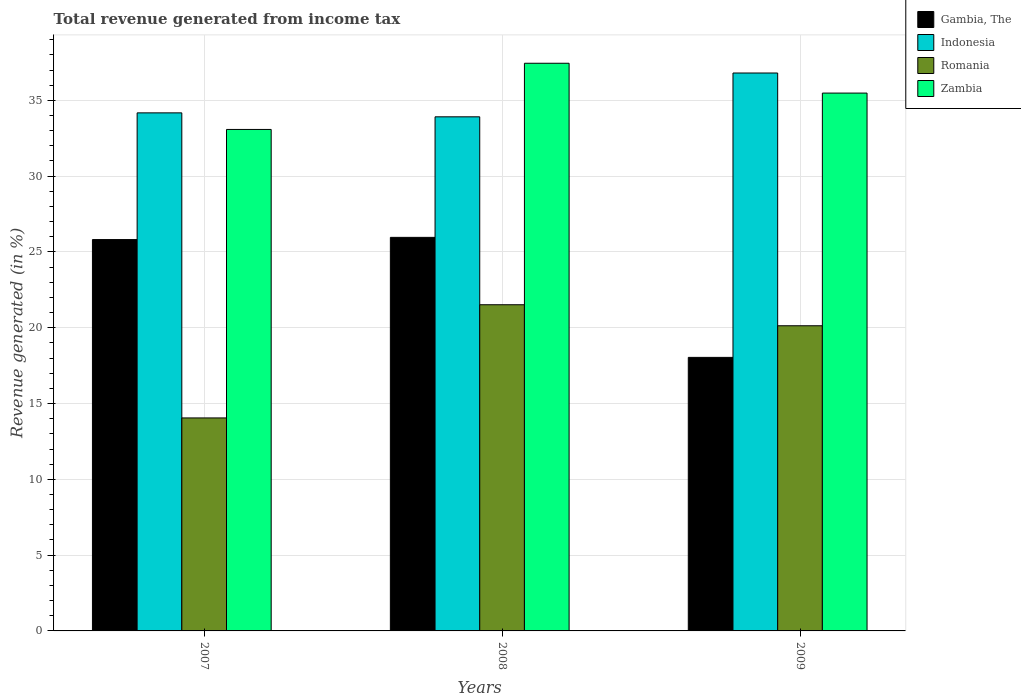
| Years | Gambia, The | Indonesia | Romania | Zambia |
 | --- | --- | --- | --- | --- |
 | 2007 | 25.8 | 34.2 | 14 | 33.1 |
 | 2008 | 26 | 33.9 | 21.5 | 37.4 |
 | 2009 | 18 | 36.8 | 20.1 | 35.5 |